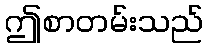
ဤစာတမ်းသည်